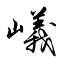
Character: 嶬